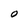
Character: O